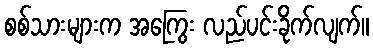
စစ်သားများက အကြွေး လည်ပင်းခိုက်လျက်။